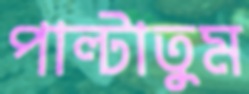
পাল্‌টাতুম